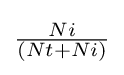
{\tfrac {Ni}{(Nt+Ni)}}